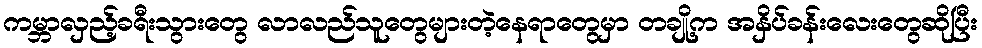
ကမ္ဘာလှည့်ခရီးသွားတွေ လာလည်သူတွေများတဲ့နေရာတွေမှာ တချို့က အနှိပ်ခန်းလေးတွေဆိုပြီး